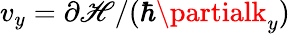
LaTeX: v_{y}=\partial{\cal\mathscr{H}}/(\hbar\partialk_{y})